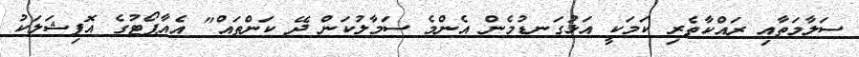
ސަލާމަތާއި ރައްކާތެރި ކަމަކީ އަޅުގަނޑުމެން އެންމެ ސަމާލުކަން ދޭ ކަންތައް" އެއާޕޯޓުގެ އޮފިޝަލަކު